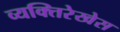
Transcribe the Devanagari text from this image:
व्यक्तिरेखेस